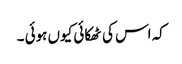
کہ اس کی ٹھکائی کیوں ہوئی ۔